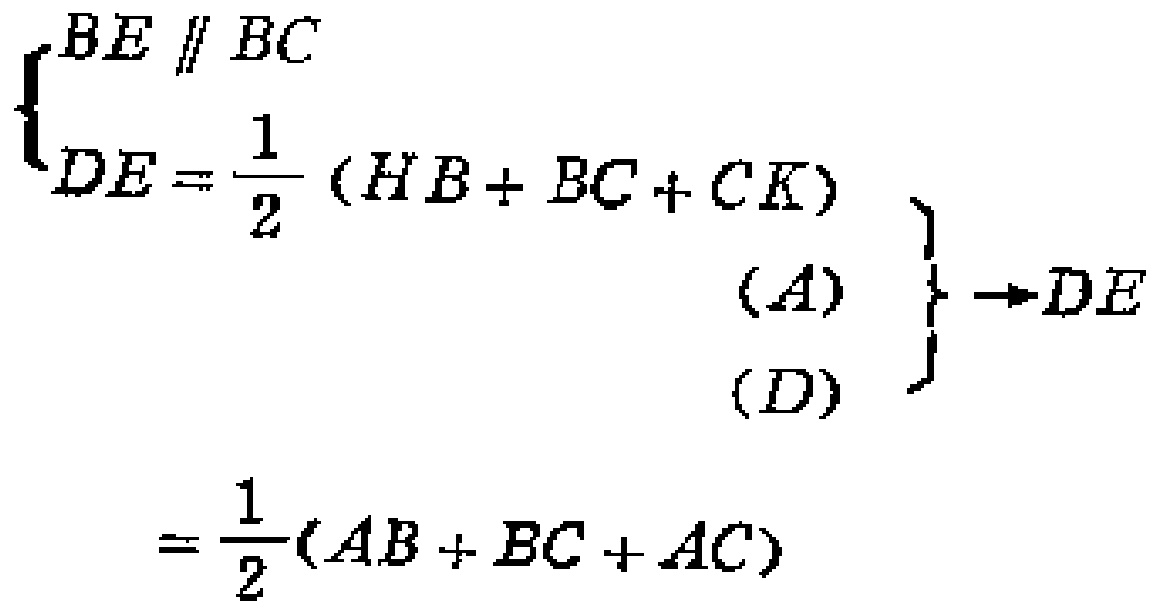
$\left.\begin{array}{l}
\left\{\begin{array}{l}
BE \parallel BC\\
DE=\frac{1}{2}(HB + BC + CK)
\end{array}\right.\\
(A)\\
(D)
\end{array}\right\} \to DE=\frac{1}{2}(AB + BC + AC)$